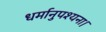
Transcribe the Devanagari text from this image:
धर्मानुपश्यना।